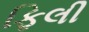
ફિલી